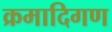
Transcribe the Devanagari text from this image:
क्रमादिगण